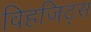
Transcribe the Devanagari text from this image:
विहजिट्स